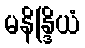
မနိန္ဒြိယံ